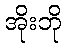
အိုးဘို